Lunatic asylums Bombay report 1878-1890 - 1878-1890
Year: 1878
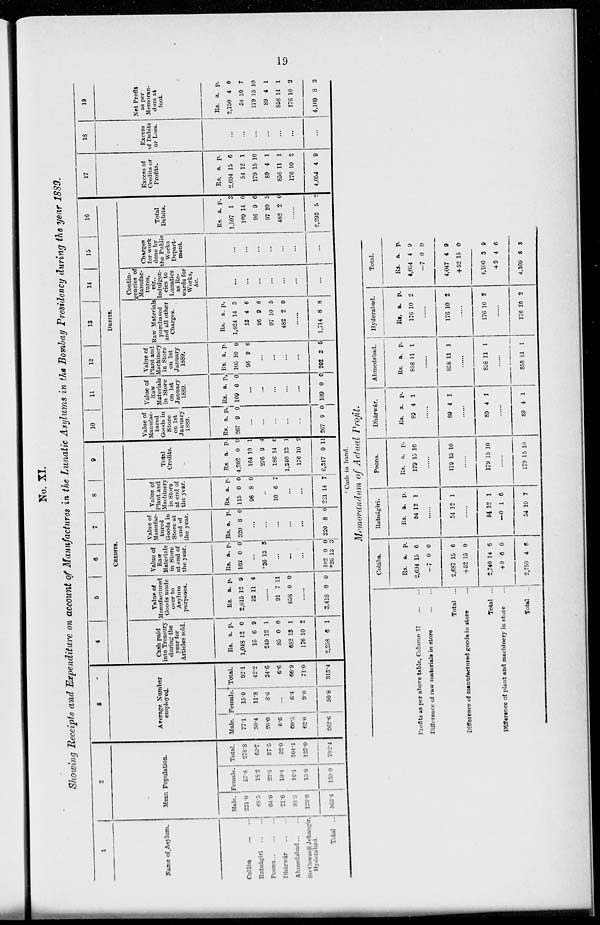
19
No. XI.
Showing Receipts and Expenditure on account of Manufactures in the Lunatic Asylums in the Bombay Presidency during the year 1889.
1
Name of Asylum.
Colába ... ...
Ratnágiri ... ...
Poona ... ... ...
Dhárwár ... ...
Ahmedabad ... ...
Sir Cowasji Jehangir,
Hyderabad.
Total ...
2
Mean Population.
Male.
221.0
48.5
64.0
21.6
88.3
120.0
563.4
Female.
57.8
18.2
23.5
10.4
16.1
13.0
139.0
Total.
278.8
66.7
87.5
32.0
104.4
133.0
702.4
3
Average Number
employed.
Male.
77.1
30.4
26.0
6.6
60.5
62.0
262.6
Female.
15.0
11.8
8.6
...
6.4
9.0
50.8
Total.
92.1
42.2
34.6
6.6
66.9
71.0
313.4
4
5
6
7
8
9
CREDITS.
Cash paid
into Treasury
during the
year for
Articles sold.
Rs.
1,048
15
249
85
682
176
2,258
a.
12
6
12
0
13
10
6
p.
0
9
1
0
1
2
1
Value of
Manufactured
Goods made
over to
Asylum
purposes.
Rs.
2,615
52
a.
12
11
p.
9
4
......
91
658
7
0
11
0
......
3,418 0 0
Value of
Raw
Materials
in Store
at end of
the year.
Rs.
102
a.
0
p.
0
...
*26 13 3
...
...
...
102
*26
0
13
0
3
Value of
Manufac-
tured
Goods in
Store at
end of
the year.
Rs.
320
a.
8
p.
0
...
...
...
...
...
320 8 0
Value of
Plant and
Machinery
in Store
at end of
the year.
Rs.
115
96
a.
0
8
p.
0
0
...
10 6 7
...
...
221 14 7
Total
Credits.
Rs.
4,202
164
276
186
1,340
176
6,347
a.
0
10
9
14
13
10
9
p.
9
1
4
6
1
2
11
10
11
12
13
14
15
16
DEBITS.
Value of
Manufac-
tured
Goods in
Store
on 1st
January
1889.
Rs.
267
a.
9 p.
0
...
...
...
...
...
267 9 0
Value of
Raw
Materials
in Store
on 1st
January
1889.
Rs.
109
a.
0
p.
0
...
...
...
...
...
109 0 0
Value of
Plant and
Machinery
in Store
on 1st
January
1889.
Rs.
105
96
a.
10
9
p.
0
6
...
...
...
...
202 3 6
Raw Materials
purchased
and all other
Charges.
Rs.
1,024
13
96
97
482
a.
14
4
9
10
2
p.
3
6
6
5
0
......
1,714 8 8
Contin-
gencies of
Manufac-
tures,
viz.,
Indulgen-
cies to
Lunatics
as Re-
wards for
Works,
&c.
...
...
...
...
...
...
...
Charges
for work
done by
the Public
Works
Depart-
ment.
...
...
...
...
...
...
...
Total
Debits.
Rs.
1,507
109
96
97
482
a.
1
14
9
10
2
p.
3
0
6
5
0
......
2,293 5 2
17
Excess of
Credits or
Profits.
Rs.
2,694
54
179
89
858
176
4,054
a.
15
12
15
4
11
10
4
p.
6
1
10
1
1
2
9
18
Excess
of Debits
or Loss.
...
...
...
...
...
...
...
19
Net Profit
as per
Memoran-
dum at
foot.
Rs.
2,750
54
179
89
858
176
4,109
a.
4
10
15
4
11
10
8
p.
6
7
10
1
1
2
3
*Cash in hand.
Memorandum of Actual Profit.
Profits as per above table, Column 17 ... ...
Difference of raw materials in store ... ...
Total ...
Difference of manufactured goods in store ...
Total ...
Difference of plant and machinery in store ...
Total ...
Colába.
Rs.
2,694
—7
2,687
+52
2,740
+9
2,750
a.
15
0
15
15
14
6
4
p.
6
0
6
0
6
0
6
Ratnághri.
Rs.
54
a.
12
p.
1
......
54 12 1
......
54
—0
54
12
1
10
1
6
7
Poona.
Rs.
179
a.
15
p.
10
......
179 15 10
......
179 15 10
......
179 15 10
Dhárwár.
Rs.
89
a.
4
p.
1
......
89 4 1
......
89 4 1
......
89 4 1
Ahmedabad.
Rs.
858
a.
11
p.
1
......
858 11 1
......
858 11 1
......
858 11 1
Hyderabad.
Rs.
176
a.
10
p.
2
......
176 10 2
......
176 10 2
......
176 10 2
Total.
Rs.
4,054
—7
4,047
+52
4,100
+9
4,109
a.
4
0
4
15
3
4
8
p.
9
0
9
0
9
6
3